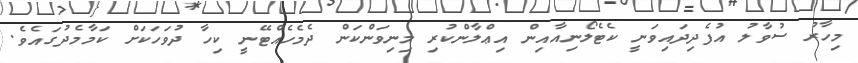
މިހާރު ސުވާލު އުފެދިދައިވަނީ ކެޓެލޯނިއާއިން އިޢްލާންކުރި މިނިވަންކަން ދެމެހެއްޓޭނީ ކިހާ ދުވަހަކަށް ކަމާމެދުގައެވެ.